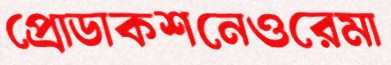
প্রোডাকশনেওরেমা